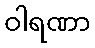
ဝါရဏာ